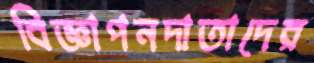
বিজ্ঞাপনদাতাদের